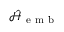
\hat { \mathcal { H } } _ { \mathrm { ~ e ~ m ~ b ~ } }